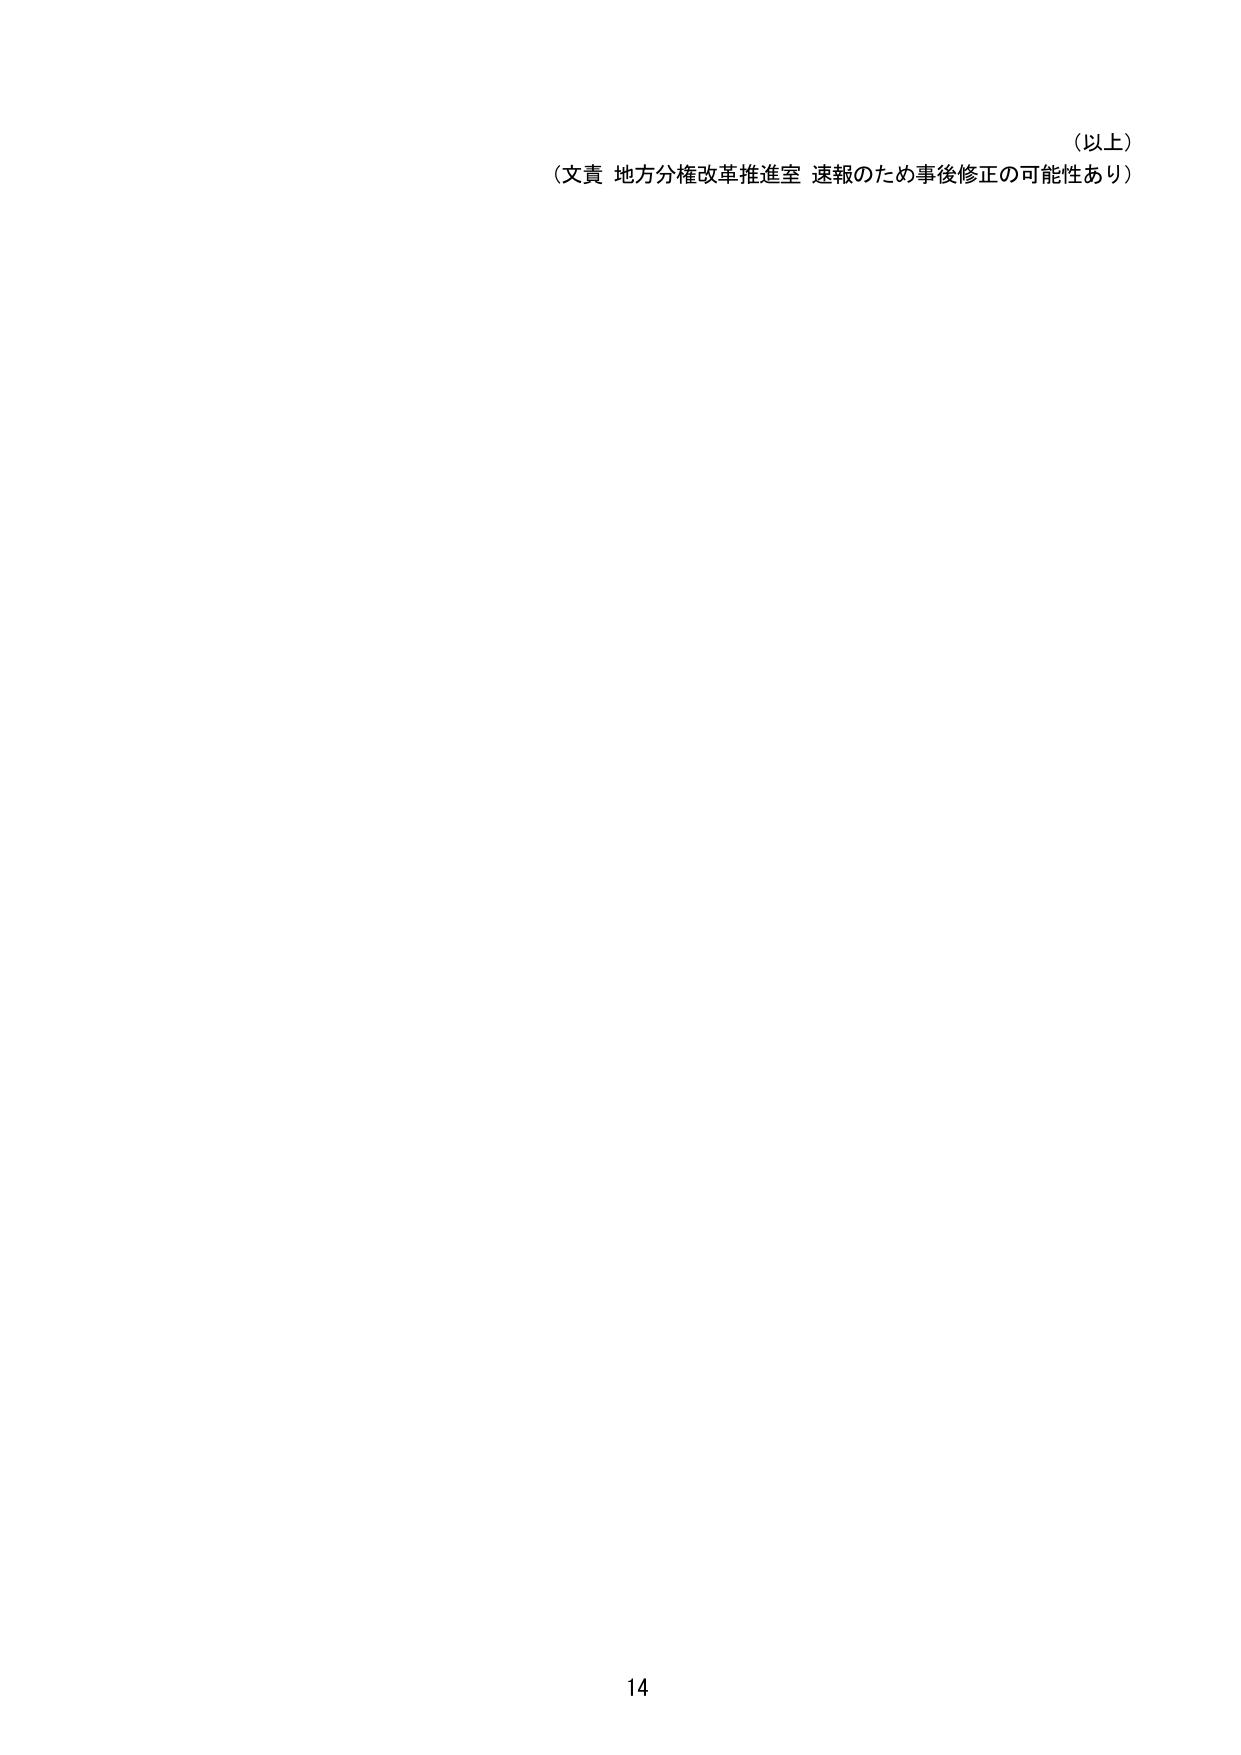
（以上）
（文責 地方分権改革推進室 速報のため事後修正の可能性あり）
14